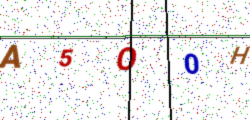
Text: A5O0H